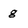
Character: g